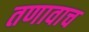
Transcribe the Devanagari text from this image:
तणावाच